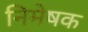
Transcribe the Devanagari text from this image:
निमेषक